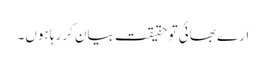
ارے بھائی تو حقیقت بیان کررہا ہوں۔